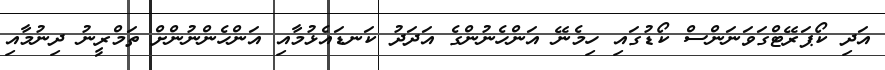
އަދި ކޯޕަރޭޓްގަވަނަންސް ކޯޑުގައި ހިމެނޭ އަންހެނުންގެ އަދަދު ކަނޑައެޅުމާއި އަންހެންނުންށް ތަމްރީނު ދިނުމާއި